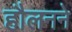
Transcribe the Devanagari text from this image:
हौलनने